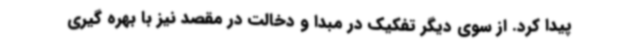
پیدا کرد. از سوی دیگر تفکیک در مبدا و دخالت در مقصد نیز با بهره گیری